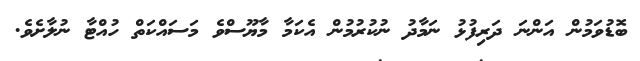
ބޮޑުވަމުން އަންނަ ދަރިފުޅު ނަމާދު ނުކުރުމުން އެކަމާ މާޔޫސްވެ މަސައްކަތް ހުއްޓާ ނުލާށެވެ.